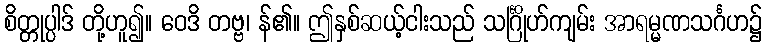
စိတ္တုပ္ပါဒ် တို့ဟူ၍။ ဝေဒိ တဗ္ဗ၊ န်၏။ ဤနှစ်ဆယ့်ငါးသည် သင်္ဂြိုဟ်ကျမ်း အာရမ္မဏသင်္ဂဟ၌